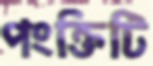
পংক্তিটি